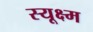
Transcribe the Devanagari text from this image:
स्यूक्ष्म